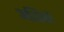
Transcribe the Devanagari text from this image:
अशिको